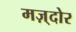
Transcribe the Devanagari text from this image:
मज़्दोर